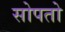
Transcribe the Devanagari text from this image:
सोपतो